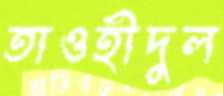
তাওহীদুল